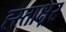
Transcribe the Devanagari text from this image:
ह्स्ताक्ष्रर